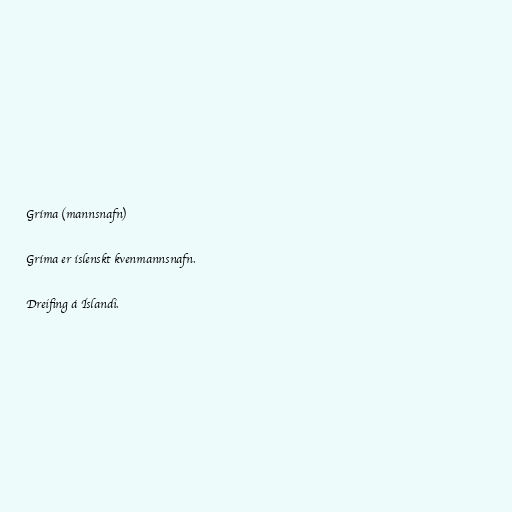
Gríma (mannsnafn)

Gríma er íslenskt kvenmannsnafn.

Dreifing á Íslandi.